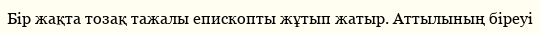
Бір жақта тозақ тажалы епископты жұтып жатыр. Аттылының біреуі